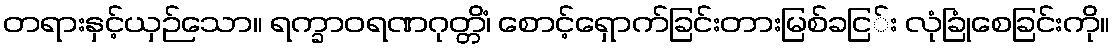
တရားနှင့်ယှဉ်သော။ ရက္ခာဝရဏဂုတ္တိံ၊ စောင့်ရှောက်ခြင်းတားမြစ်ခငြ်း လုံခြုံစေခြင်းကို။